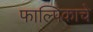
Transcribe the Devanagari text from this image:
फाल्पिकाचे